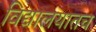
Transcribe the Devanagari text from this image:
विद्यालयातच